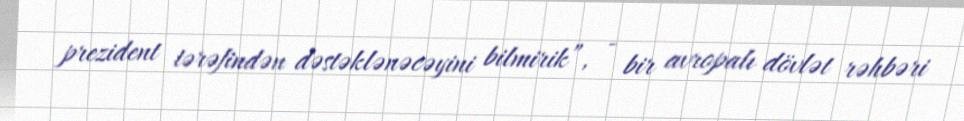
prezident tərəfindən dəstəklənəcəyini bilmirik”, - bir avropalı dövlət rəhbəri